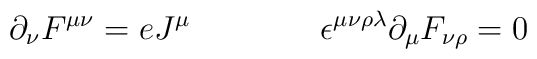
\partial_{\nu}F^{\mu \nu}=eJ^{\mu} \qquad\qquad\epsilon^{\mu \nu \rho \lambda }\partial_{\mu}F_{\nu \rho}=0